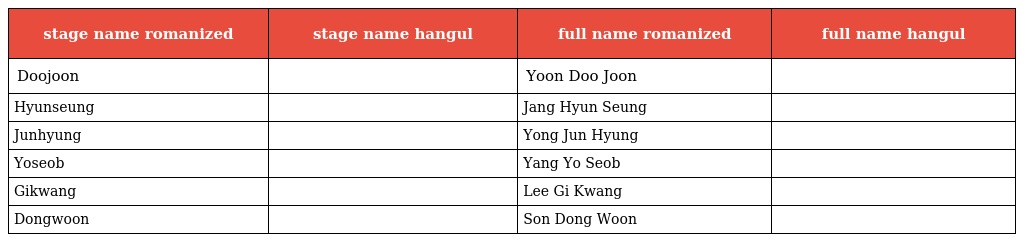
| stage name romanized | stage name hangul | full name romanized | full name hangul |
 | --- | --- | --- | --- |
 | Doojoon | 두준 | Yoon Doo Joon | 윤두준 |
 | Hyunseung | 현승 | Jang Hyun Seung | 장현승 |
 | Junhyung | 준형 | Yong Jun Hyung | 용준형 |
 | Yoseob | 요섭 | Yang Yo Seob | 양요섭 |
 | Gikwang | 기광 | Lee Gi Kwang | 이기광 |
 | Dongwoon | 동운 | Son Dong Woon | 손동운 |